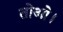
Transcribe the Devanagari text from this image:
तोओ।